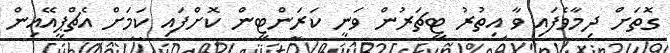
ގޮތަށް ދިމާވެފައި ވާ އިތުރު ޓީޗަރުން ވަނީ ކަރަންޓީން ކޮށްފައި ކަމަށް އެޗްޕީއޭއިން